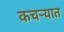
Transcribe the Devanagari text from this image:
कचर्‍यात